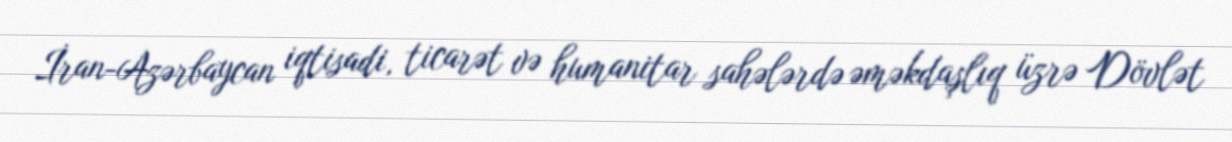
İran-Azərbaycan iqtisadi, ticarət və humanitar sahələrdə əməkdaşlıq üzrə Dövlət